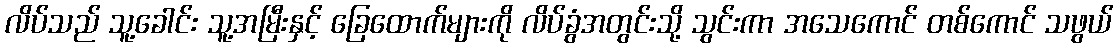
လိပ်သည် သူ့ခေါင်း သူ့အမြီးနှင့် ခြေထောက်များကို လိပ်ခွံအတွင်းသို့ သွင်းကာ အသေကောင် တစ်ကောင် သဖွယ်